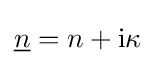
{\underline {n}}=n+\mathrm {i} \kappa